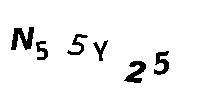
N55Y25